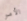
الأمر